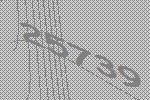
25739